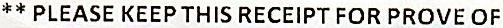
** PLEASE KEEP THIS RECEIPT FOR PROVE OF